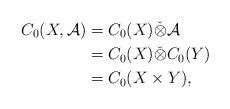
LaTeX: \begin{align*}C_0(X ,\mathcal{A} ) &= C_0 (X) \check{\otimes} \mathcal{A} \\&=C_0 (X) \check{\otimes} C_0 (Y) \\&=C_0 (X \times Y),\end{align*}